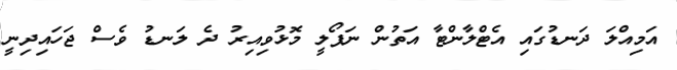
އަމިއްލަ ދަނޑުގައި އެޓްލާންޓާ އަތުން ނަޕޯލީ މޮޅުވިއިރު ދެ ލަނޑު ވެސް ޖަހައިދިނީ